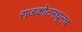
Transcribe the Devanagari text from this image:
राजकोटमधूनच